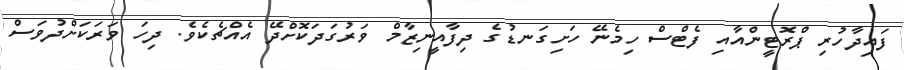
ފައިދާހުރި ޕްރޮޓީންއާއި ފެޓްސް ހިމެނޭ ހަށިގަނޑުގެ ދިފާއީނިޒާމް ވަރުގަދަކޮށްދޭ އެއްޗެކެވެ. ދިހަ ވަރަކަށްދުވަސް